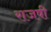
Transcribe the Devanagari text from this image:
राजषी